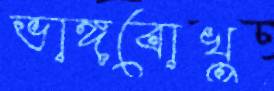
ভাঙ্গবোখু